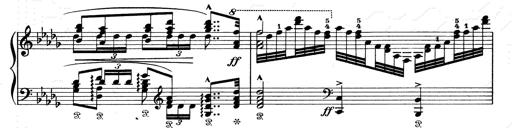
Title: Walhall aus Der Ring des Nibelungen
Composer: Franz Liszt